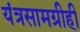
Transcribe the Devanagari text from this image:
यंत्रसामग्रीही